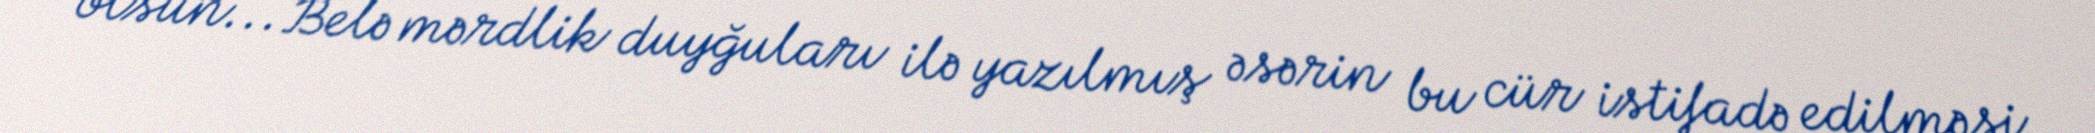
olsun... Belə mərdlik duyğuları ilə yazılmış əsərin bu cür istifadə edilməsi